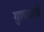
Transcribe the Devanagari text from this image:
गुलदानों